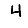
Digit: 4